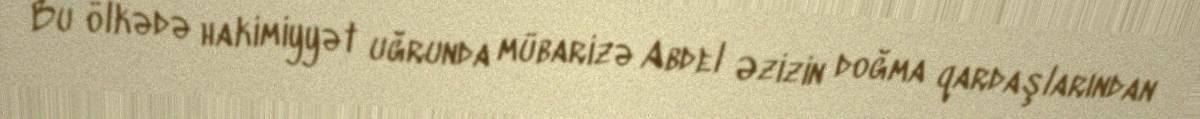
Bu ölkədə hakimiyyət uğrunda mübarizə Abdel Əzizin doğma qardaşlarından